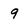
Character: 9